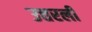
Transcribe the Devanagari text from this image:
उत्तरली